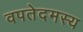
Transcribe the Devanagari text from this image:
वपतेदमस्य